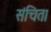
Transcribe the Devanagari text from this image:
संचित।